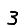
Digit: 3